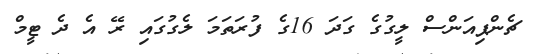
ޗެންޕިއަންސް ލީގުގެ ގަދަ 16ގެ ފުރަތަމަ ލެގުގައި ރޭ އެ ދެ ޓީމް